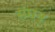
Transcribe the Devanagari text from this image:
संघन